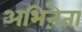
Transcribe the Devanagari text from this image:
अभिऩेता